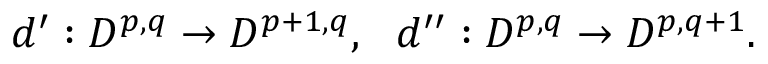
d ^ { \prime } : { \cal D } ^ { p , q } \rightarrow { \cal D } ^ { p + 1 , q } , \ \ d ^ { \prime \prime } : { \cal D } ^ { p , q } \rightarrow { \cal D } ^ { p , q + 1 } .